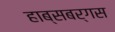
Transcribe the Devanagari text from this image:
हाब्सबर्गस